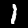
Label: 1